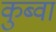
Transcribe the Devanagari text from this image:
कुब्वा